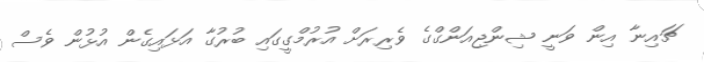
ޗައިނާ އިން ވަނީ ޝިންޖިއަންގްގެ ވެރިރަށް އުރުމްގީގައި ބުރުގާ އަޅައިގެން އުޅުން ވެސް